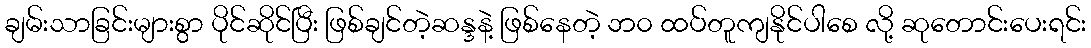
ချမ်းသာခြင်းများစွာ ပိုင်ဆိုင်ပြီး ဖြစ်ချင်တဲ့ဆန္ဒနဲ့ ဖြစ်နေတဲ့ ဘ၀ ထပ်တူကျနိုင်ပါစေ လို့ ဆုတောင်းပေးရင်း